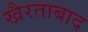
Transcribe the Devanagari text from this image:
खैरताबाद